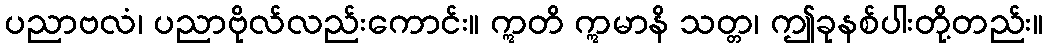
ပညာဗလံ၊ ပညာဗိုလ်လည်းကောင်း။ ဣတိ ဣမာနိ သတ္တ၊ ဤခုနစ်ပါးတို့တည်း။